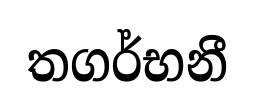
තගර්භනී